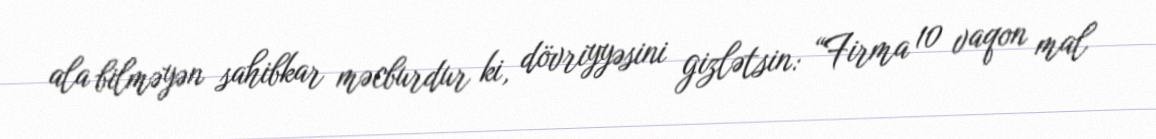
ala bilməyən sahibkar məcburdur ki, dövriyyəsini gizlətsin: “Firma 10 vaqon mal